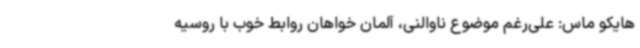
هایکو ماس: علی‌رغم موضوع ناوالنی، آلمان خواهان روابط خوب با روسیه